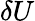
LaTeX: \delta U